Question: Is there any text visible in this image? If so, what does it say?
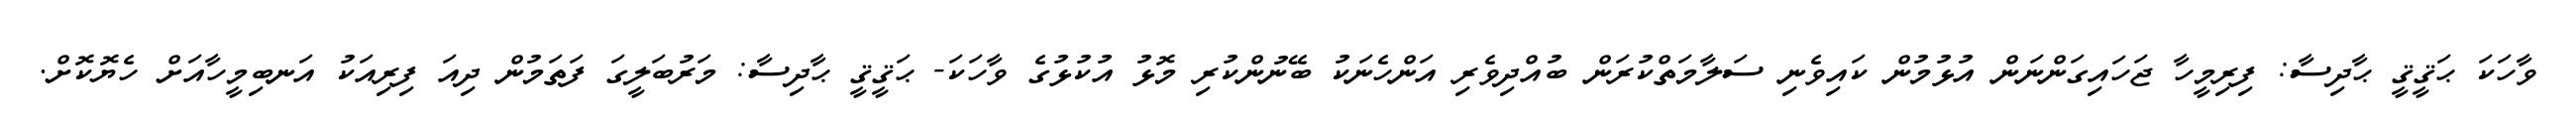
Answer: ވާހަކަ ޙަޤީޤީ ޙާދިސާ: ފިރިމީހާ ޖަހައިގަންނަން އުޅުމުން ކައިވެނި ސަލާމަތްކުރަން ބުއްދިވެރި އަންހެނަކު ބޭނުންކުރި މޮޅު އުކުޅުގެ ވާހަކަ- ޙަޤީޤީ ޙާދިސާ: މަރުބަލީގަ ފަތަމުން ދިއަ ފިރިއަކު އަނބިމީހާއަށް ހެޔޮކޮށް.